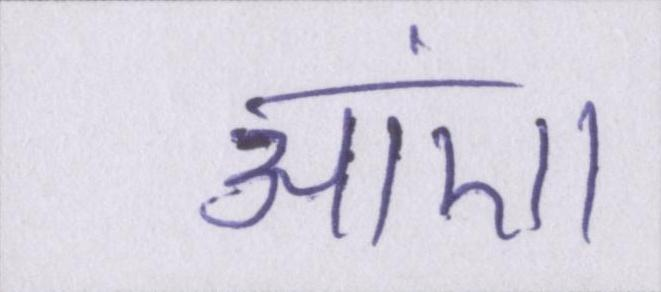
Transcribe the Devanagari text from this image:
आएं।